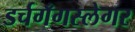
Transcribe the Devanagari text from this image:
डर्चगँगस्लेगर